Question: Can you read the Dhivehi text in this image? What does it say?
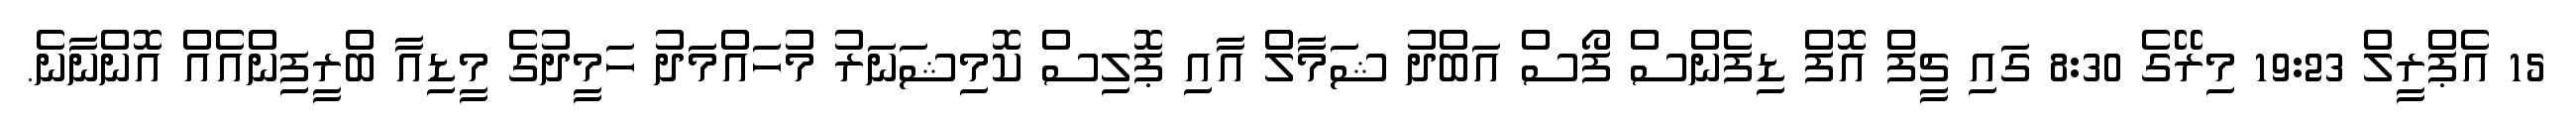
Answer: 15 އެޕްރީލް 19:23 މިރޭގެ 8:30 ގައި ޗީފް އޮފް ޑިފެންސް ފޯސް އަބްދު ޝަމާލް އާއި ޕޮލިސް ކޮމިޝަނަރު މުހައްމަދު ހަމީދުގެ މީޑިއާ ބްރީފިންއެއް އޮންނާނެ.